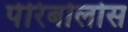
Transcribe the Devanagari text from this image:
पेरिबोलोस